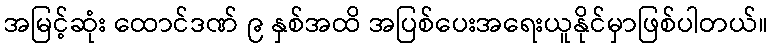
အမြင့်ဆုံး ထောင်ဒဏ် ၉ နှစ်အထိ အပြစ်ပေးအရေးယူနိုင်မှာဖြစ်ပါတယ်။